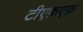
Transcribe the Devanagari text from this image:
टीएफ़एफ़